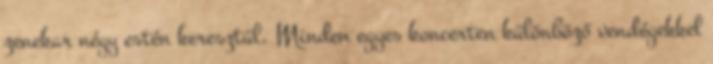
zenekar négy estén keresztül. Minden egyes koncerten különböző vendégekkel